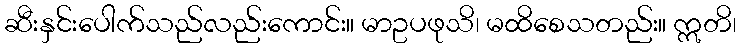
ဆီးနှင်းပေါက်သည်လည်းကောင်း။ မာဥပဖုသိ၊ မထိစေသတည်း။ ဣတိ၊